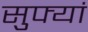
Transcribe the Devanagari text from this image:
सुफ्यां